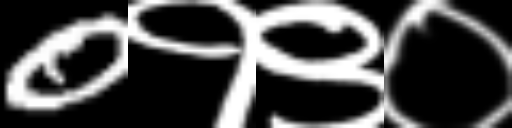
Text: 0१९०